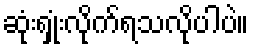
ဆုံးရှုံးလိုက်ရသလိုပါပဲ။